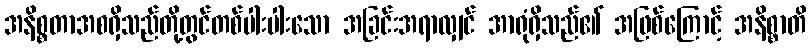
အနိစ္စတာအစရှိသည်တို့တွင်တစ်ပါးပါးသော အခြင်းအရာလျှင် အာရုံရှိသည်၏ အဖြစ်ကြောင့် အနိစ္စာတိ